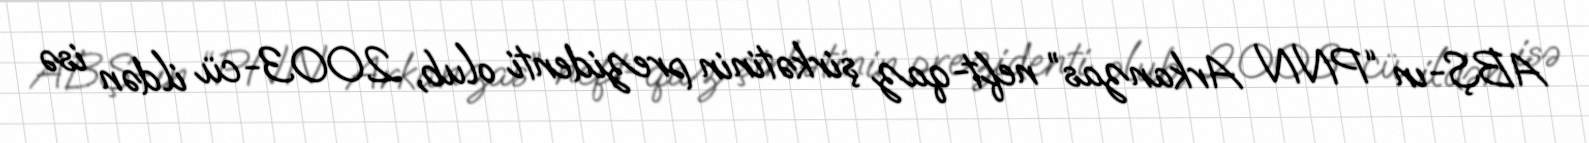
ABŞ-ın “PNN Arkanzas” neft-qaz şirkətinin prezidenti olub, 2003-cü ildən isə